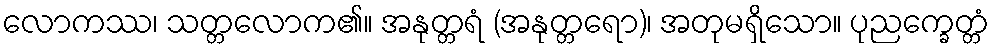
လောကဿ၊ သတ္တလောက၏။ အနုတ္တရံ (အနုတ္တရော)၊ အတုမရှိသော။ ပုညက္ခေတ္တံ